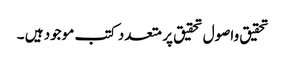
تحقیق واصول تحقیق پر متعدد کتب موجود ہیں ۔